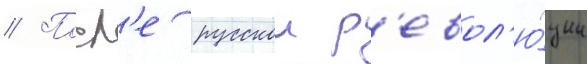
// Посл'е русскои р'евол'ю́ции